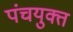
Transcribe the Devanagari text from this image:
पंचयुक्त